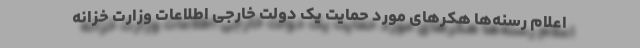
اعلام رسنه‌ها هکرهای مورد حمایت یک دولت خارجی اطلاعات وزارت خزانه